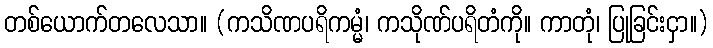
တစ်ယောက်တလေသာ။ (ကသိဏပရိကမ္မံ၊ ကသိုဏ်ပရိတံကို။ ကာတုံ၊ ပြုခြင်းငှာ။)